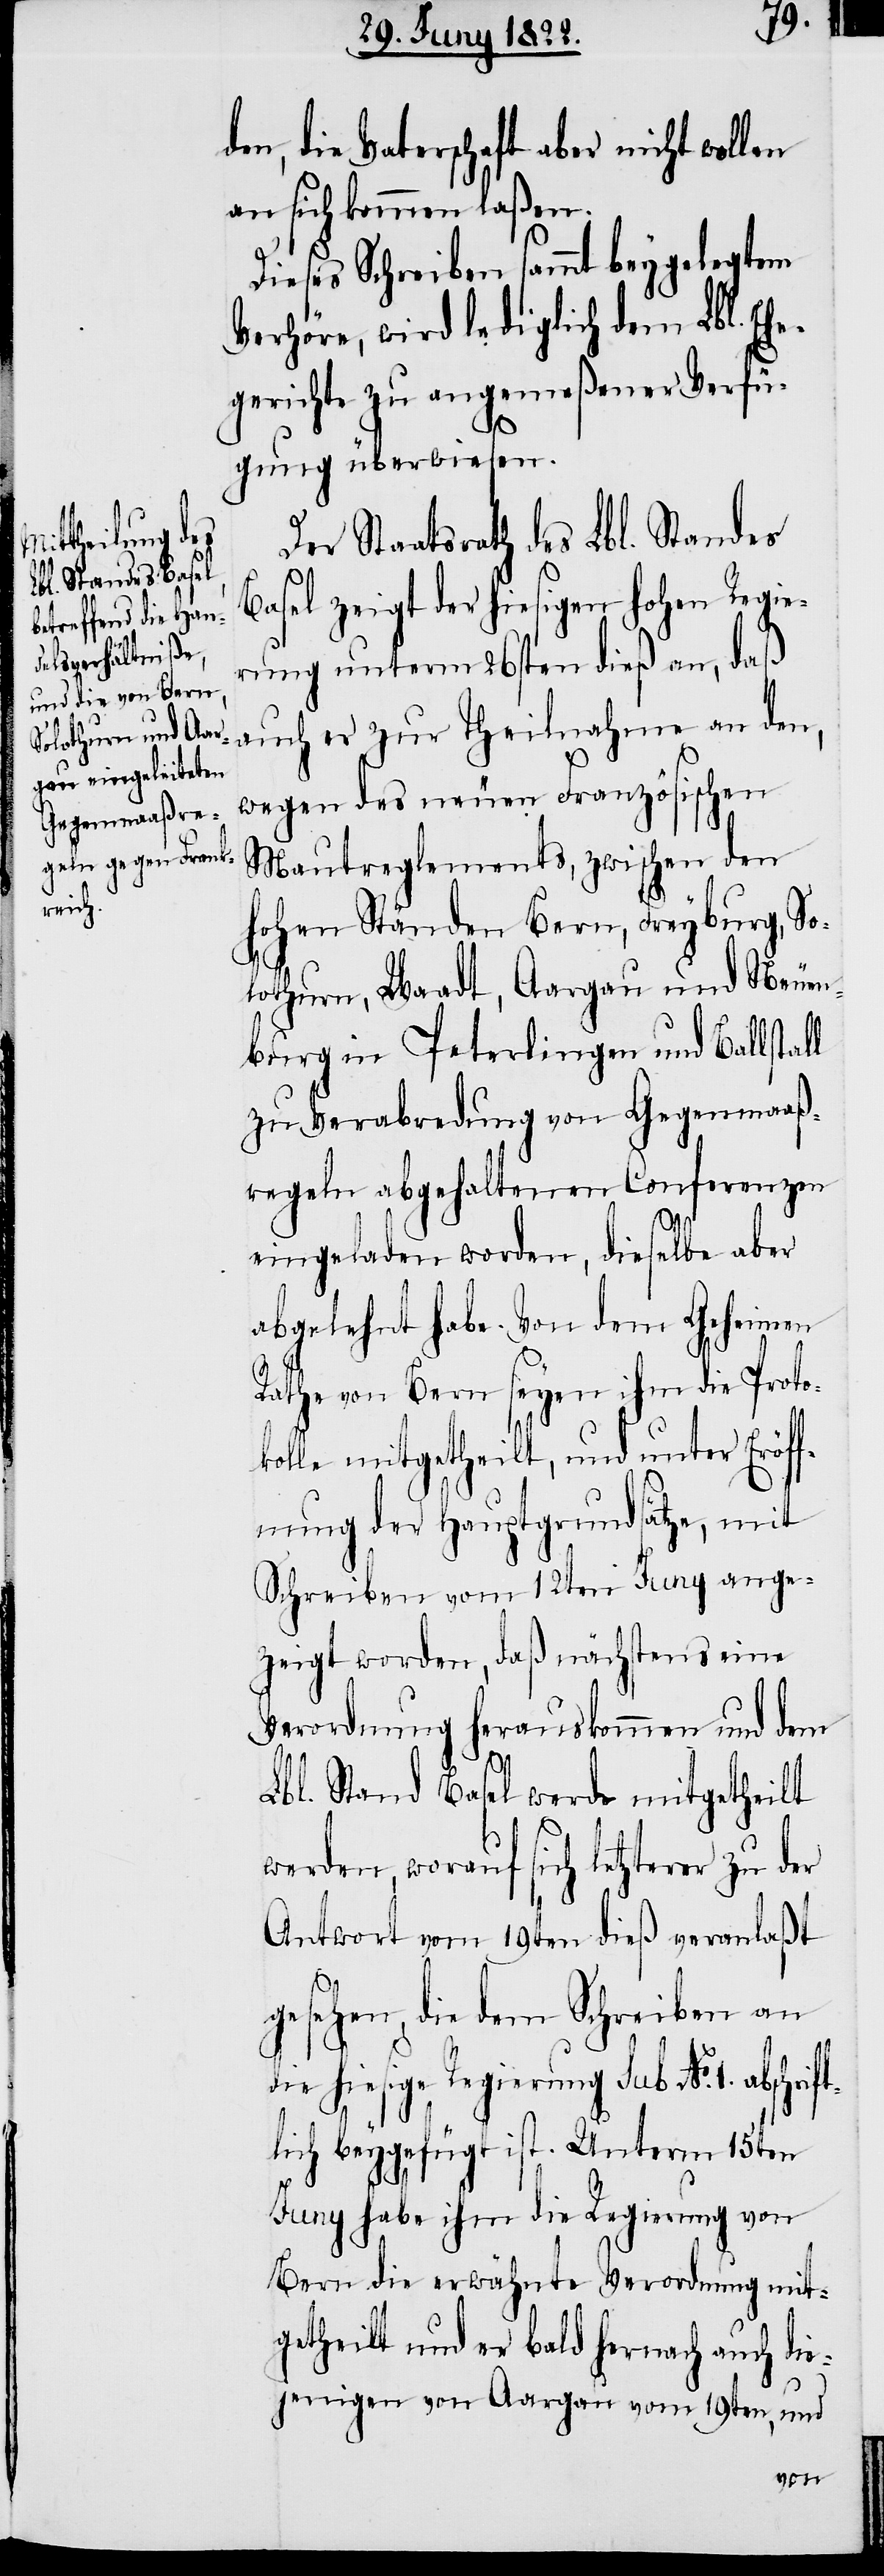
den, die Vaterschaft aber nicht wollen
an sich kommen laßen.
l
Dieses Schreiben sammt beygelegtem
Verhöre, wird lediglich dem Lbl. Ehe¬
gerichte zu angemeßener Verfü¬
gung überwiesen.
Der Staatsrath des Lbl. Standes
Basel zeigt der hiesigen hohen Regie¬
rung unterm 26sten dieß an, daß
auch er zur Theilnahme an den,
wegen des neuen Französischen
Mautreglements, zwischen den
hohen Ständen Bern, Freyburg, So¬
lothurn, Waadt, Aargau und Neuen¬
burg in Peterlingen und Ballstal¬
zu Verabredung von Gegenmaaß¬
regeln abgehaltenen Conferenzen
eingeladen worden, dieselbe aber
abgelehnt habe. Von dem Geheimen
Rathe von Bern seyen ihm die Proto¬
kolle mitgetheilt, und unter Eröf¬
fnung der Hauptgrundsätze, mit
Schreiben vom 12ten Juny ange¬
zeigt worden, daß nächstens eine
Verordnung herauskommen und dem
Lbl. Stand Basel werde mitgetheilt
werden, worauf sich letzterer zu der
Antwort vom 19ten dieß veranlaßt
gesehen, die dem Schreiben an
die hiesige Regierung sub. No. 1. abschrif¬
tlich beygefügt ist. Unterm 15ten
Juny habe ihm die Regierung von
Bern die erwähnte Verordnung mit¬
getheilt und er bald hernach auch die¬
jenigen von Aargau vom 19ten, und